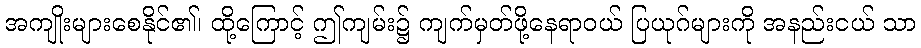
အကျိုးများစေနိုင်၏၊ ထို့ကြောင့် ဤကျမ်း၌ ကျက်မှတ်ဖို့နေရာဝယ် ပြယုဂ်များကို အနည်းငယ် သာ